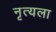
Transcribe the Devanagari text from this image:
नृत्यला